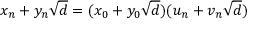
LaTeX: x _ { n } + y _ { n } { \sqrt { d } } = ( x _ { 0 } + y _ { 0 } { \sqrt { d } } ) ( u _ { n } + v _ { n } { \sqrt { d } } )